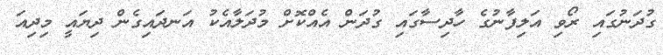
ގުދަނުގައި ރޯވި އަލިފާނުގެ ހާދިސާގައި ގުދަން އެއްކޮށް މުދަލާއެކު އަނދައިގެން ދިޔައީ މިދިއަ